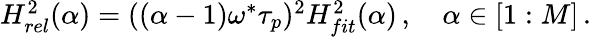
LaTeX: \begin{array}{r}{H_{rel}^{2}(\alpha)=((\alpha-1)\omega^{*}\tau_{p})^{2}H_{fit}^{2}(\alpha)\, ,\quad\alpha\in[1:M]\, .}\end{array}